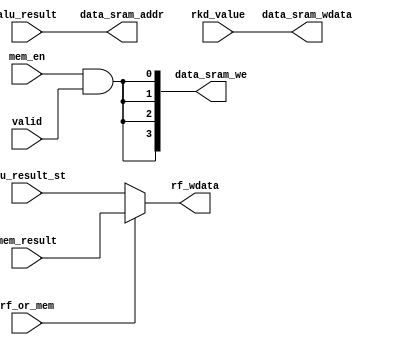
module MEM_stage(
    input [31:0] mem_result, alu_result, rkd_value, alu_result_st,
    input rf_or_mem,mem_en, valid, 
    
    output [31:0] rf_wdata, data_sram_addr, data_sram_wdata,
    output [3:0] data_sram_we
);

// assign data_sram_we    = {4{mem_en_EXE && valid}};
// assign data_sram_addr  = alu_result;//
// assign data_sram_wdata = rkd_value_EXE;//
assign data_sram_we    = {4{mem_en && valid}};
assign data_sram_addr  = alu_result;
assign data_sram_wdata = rkd_value;

assign rf_wdata = rf_or_mem ? mem_result : alu_result_st;
endmodule